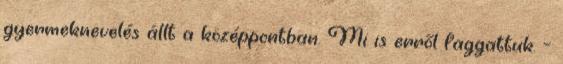
gyermeknevelés állt a középpontban. Mi is erről faggattuk. –